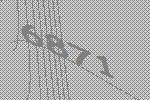
6871